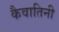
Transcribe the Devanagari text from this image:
कैवातिनी